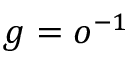
g = o ^ { - 1 }